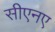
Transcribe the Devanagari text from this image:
सीएनए